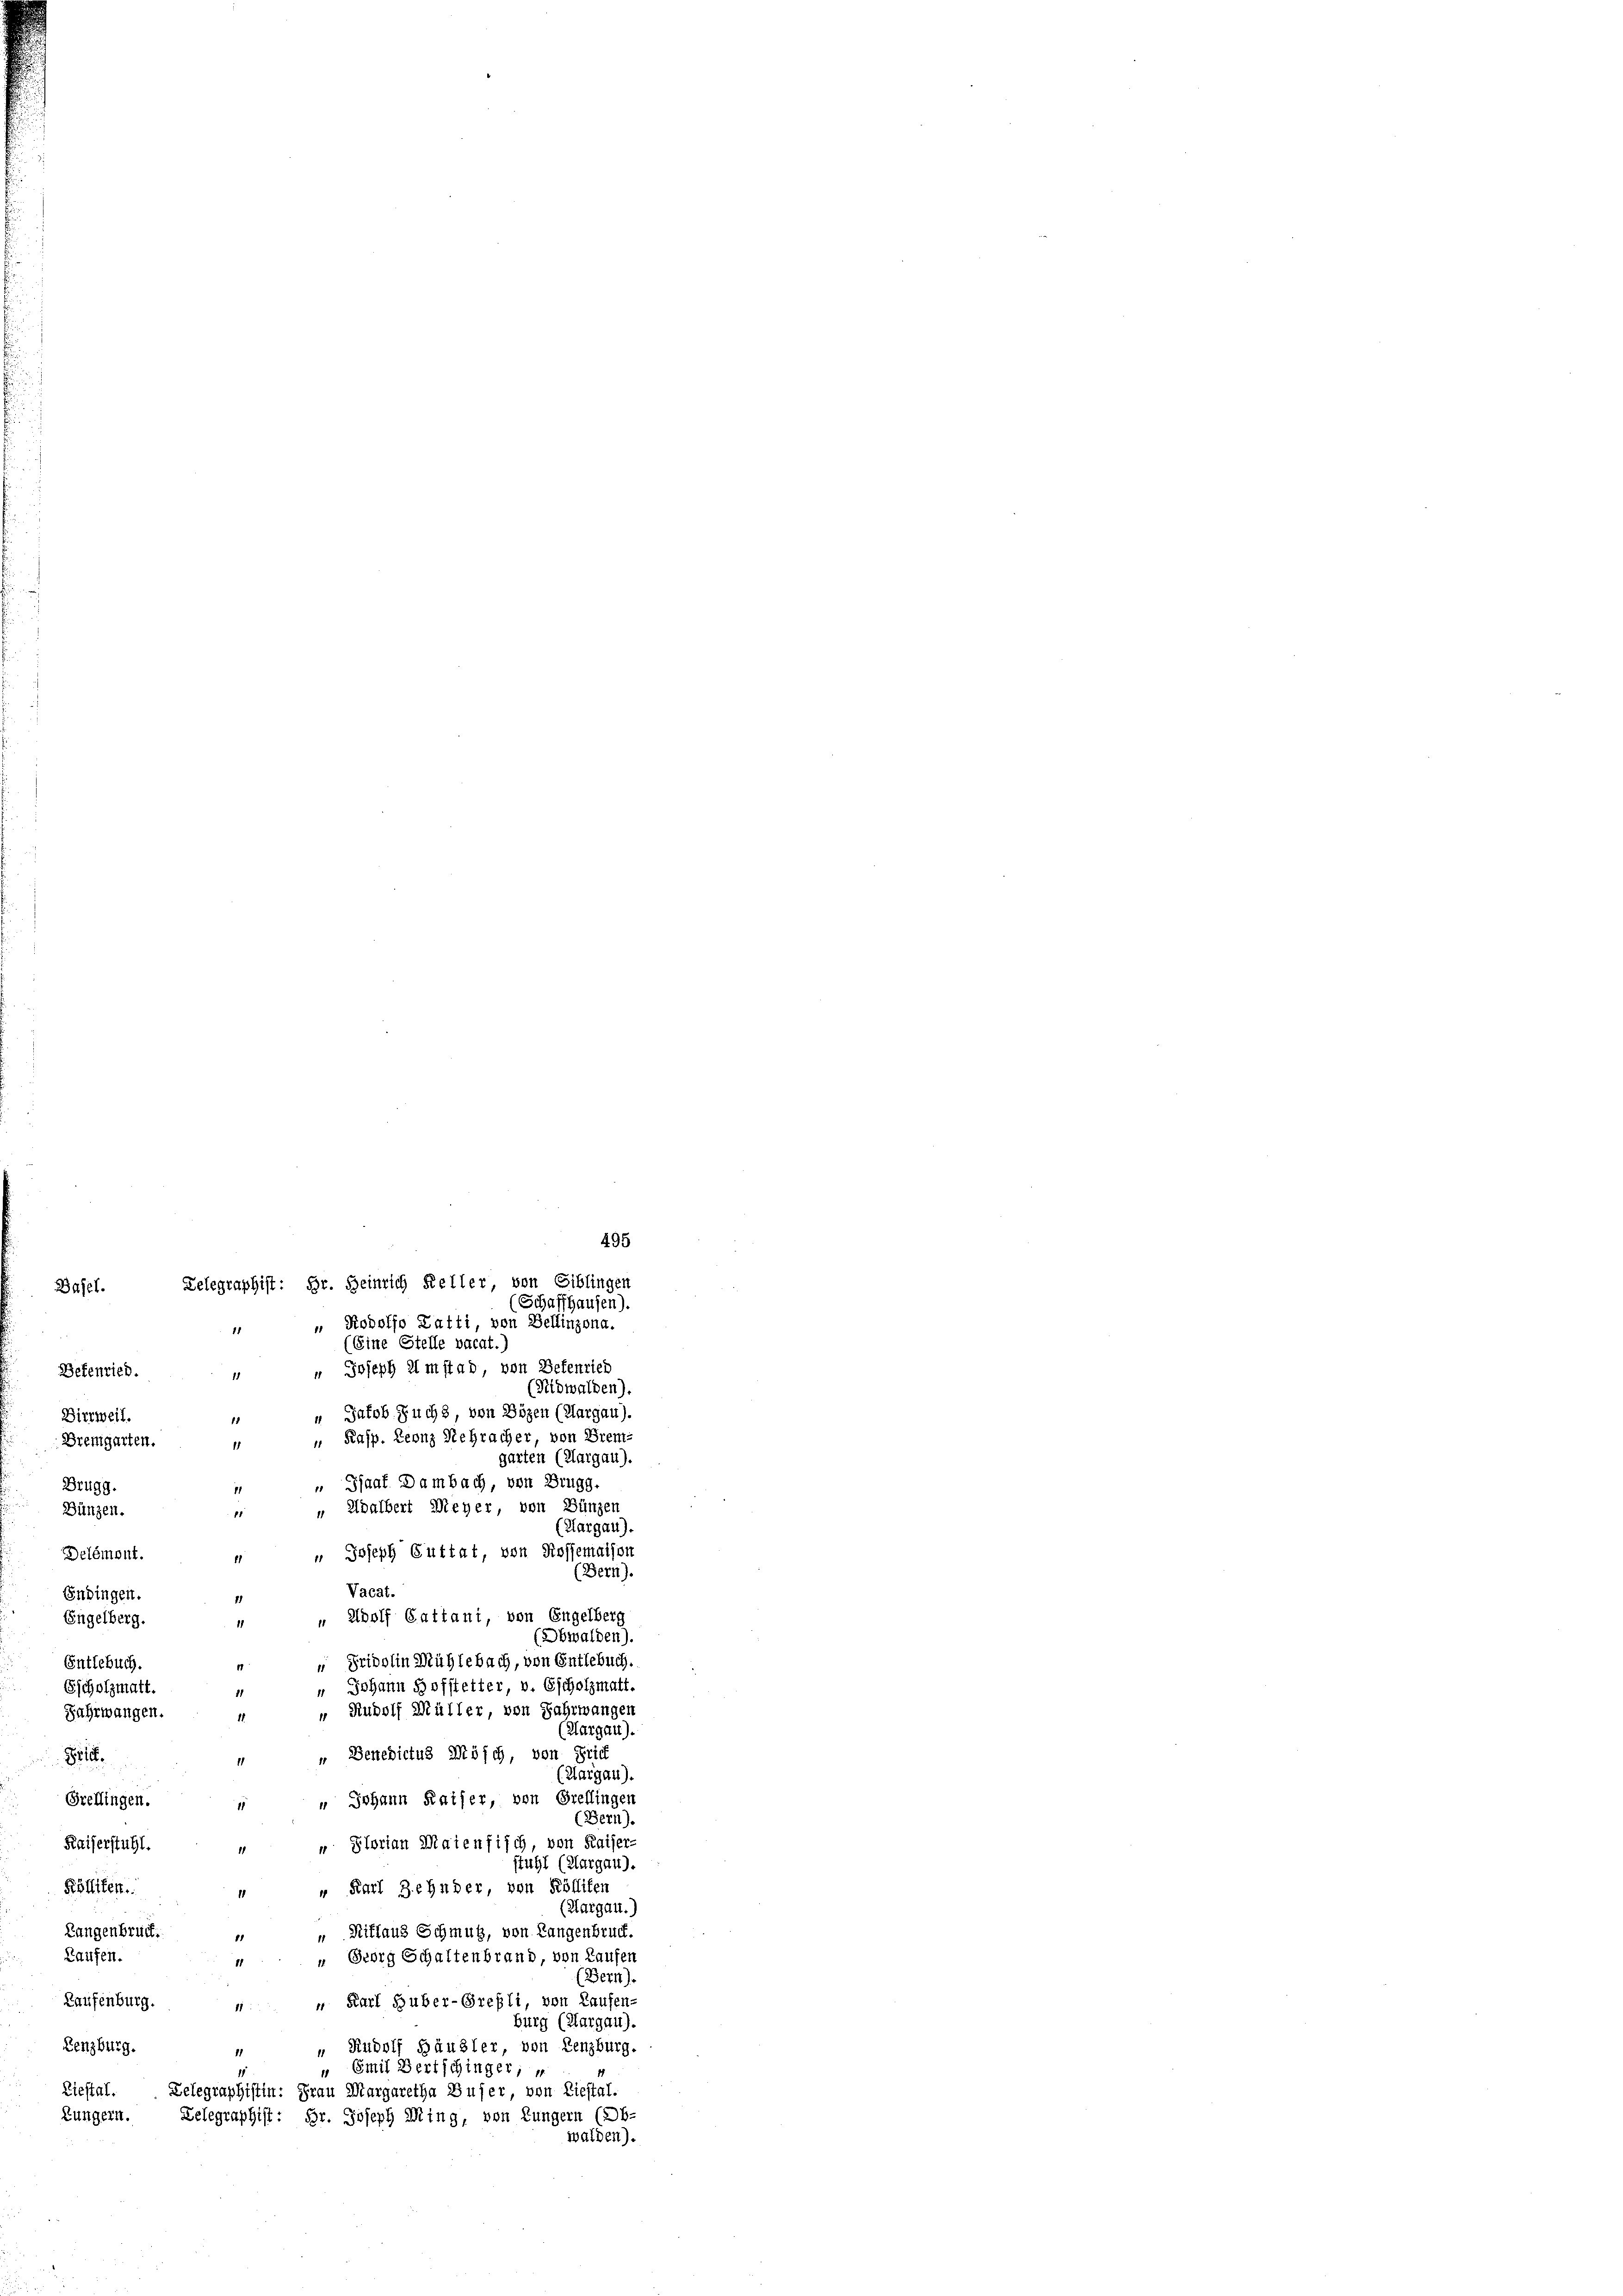
Defenried.
Dierweil.
Bremgarten.
Brugg
Bünzen.
Endingen.
Engelberg.
Entlebuch.
Escholzmatt.
Fahrwangen.
Brief.
Prellingen.
Rölliken.
Langenbruck.

Basel.

Delegraphist: Hr. Heinrich Keller, von Siblingen
 Robolfo Latti, von Bellinzona.
11
(Eine Stelle vacat.)
 Joseph Imstad, von Befenried
1
(Nidwalden)
“ Jakob Fuchs von Bözen (Margau).
 Kasp. Leonz Rehracher, von Brem-
11
garten (Klargau).
„Saat Dambach, von Brugg.
11
" Adalbert Meyer, von Bünzen
1
(Aargau).
" Joseph Guttat, von Rossemaison
11
(Bern).
Vacat.
 Adolf Gattani, von Engelberg
(Obwalden).
“ Fridolin Mühlebach, von Entlebuch.
" Johann Hofftetter, v. Escholzmatt.
" Rudolf Müller, von Fahrwangen
(Aargau).
" Benedictus Mösch, von Brief
Aargau).
" Johann Kaiser, von Grellingen
(Bern).
Kaiserstuhl. " " Slorian Maienfisch, von Kaiser-
stuhl (Margau).
" Karl Zehnder, von Rölliken
(Aargau.)
Riflaus Schmutz, von Langenbruck.
Laufen.
 Georg Schaltenbrand, von Laufen
11
(Bern).
Laufenburg.
n. " Karl Huber-Grefli, von Laufen-
burg (Aargau).
Lenzburg.
“ Rudolf Häusler, von Lenzburg.
11
" Emil Bertschinger, w
Liestal
Telegraphistin: Frau Margaretha Buser, von Liestal.
Zungern. Telegraphist: Hr. Joseph Ming, von Lungern (Ob-
walden).

Delémont

(Schaffhausen).

495